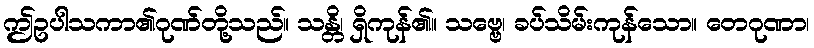
ဤဥပါသကာ၏ဂုဏ်တို့သည်။ သန္တိ၊ ရှိကုန်၏။ သဗ္ဗေ၊ ခပ်သိမ်းကုန်သော။ တေဂုဏာ၊